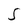
Character: S